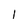
Character: l